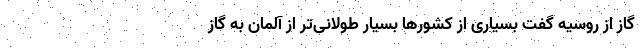
گاز از روسیه گفت بسیاری از کشورها بسیار طولانی‌تر از آلمان به گاز